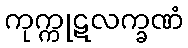
ကုက္ကုဋလက္ခဏံ